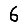
Digit: 6